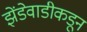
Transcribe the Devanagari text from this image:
झेंडेवाडीकडून